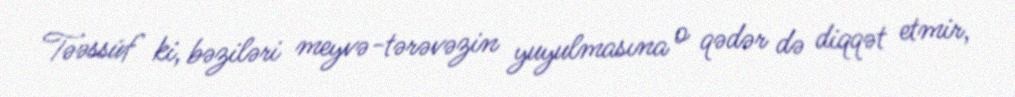
Təəssüf ki, bəziləri meyvə-tərəvəzin yuyulmasına o qədər də diqqət etmir,